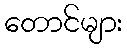
တောင်များ